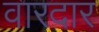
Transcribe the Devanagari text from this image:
वारदार